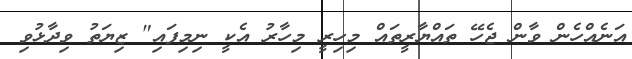
އަނެއްހެން ވާން ޖެހޭ ތައްޔާރީތައް މިހިރީ މިހާރު އެކީ ނިމިފައި" ޒިޔަތު ވިދާޅުވި